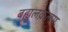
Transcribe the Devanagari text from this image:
बह्युलक़लम